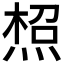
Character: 𤋐